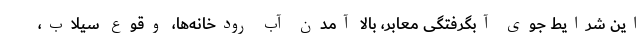
این شرایط جوی آبگرفتگی معابر، بالا آمدن آب رودخانه‌ها، وقوع سیلاب،